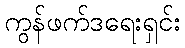
ကွန်ဖက်ဒရေးရှင်း